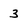
Character: 3